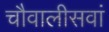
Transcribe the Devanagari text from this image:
चौवालीसवां